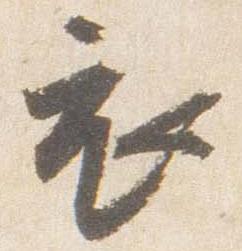
衣